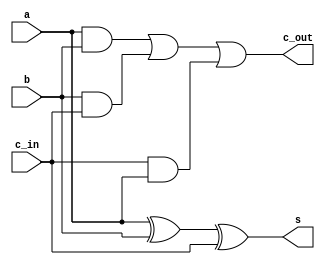
`timescale 1ns / 1ps
//////////////////////////////////////////////////////////////////////////////////
// Company: 
// Engineer: 
// 
// Design Name: 
// Module Name:    full_adder 
// Project Name: 
// Target Devices: 
// Tool versions: 
// Description: 
//
// Dependencies: 
//
// Revision: 
// Revision 0.01 - File Created
// Additional Comments: 
//
//////////////////////////////////////////////////////////////////////////////////
module full_adder(
    input a,
    input b,
    input c_in,
    output s,
    output c_out
    );
assign s=a^b^c_in;
assign c_out=a&b|b&c_in|c_in&a;

endmodule